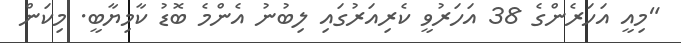
"މިއީ އަހަރެންގެ 38 އަހަރުވީ ކެރިއަރުގައި ލިބުނު އެންމެ ބޮޑު ކާމިޔާބީ. މިކަން